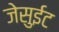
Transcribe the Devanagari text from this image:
जेसुईट